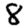
Digit: 8